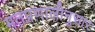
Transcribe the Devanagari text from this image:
मतप्रणालीनुसार